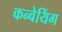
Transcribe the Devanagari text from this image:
कन्वेयिंग